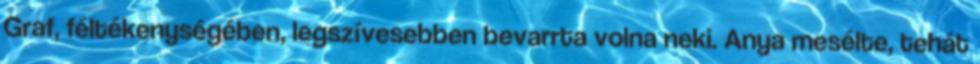
Graf, féltékenységében, legszívesebben bevarrta volna neki. Anya mesélte, tehát